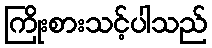
ကြိုးစားသင့်ပါသည်